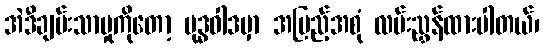
အဲဒီချမ်းသာမှုကိုတော့ ဗုဒ္ဓဝါဒမှာ အပြည့်အစုံ လမ်းညွှန်ထားပါတယ်၊